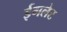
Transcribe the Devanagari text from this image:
ईगलेट